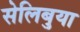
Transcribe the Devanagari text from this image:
सेलिबुया